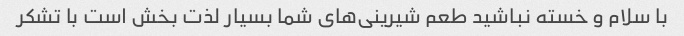
با سلام و خسته نباشید طعم شیرینی‌های شما بسیار لذت بخش است با تشکر